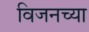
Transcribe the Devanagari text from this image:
विजनच्या